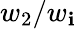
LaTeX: w_{2}/w_{\mathbf{i}}